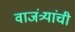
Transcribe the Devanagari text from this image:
वाजंत्र्यांची